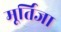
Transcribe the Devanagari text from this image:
मूर्तिजा